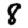
Digit: 8